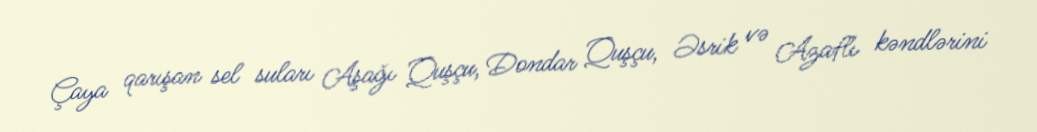
Çaya qarışan sel suları Aşağı Quşçu, Dondar Quşçu, Əsrik və Azaflı kəndlərini